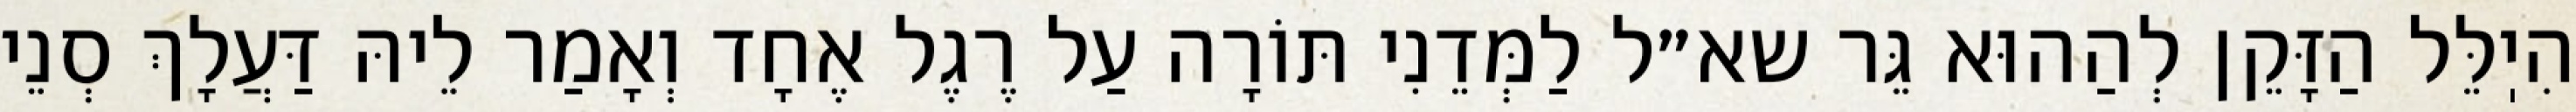
הִיֽלֵּל הַזָּקֵן לְהַהוּא גֵּר שא״ל לַמְּדֵנִי תּוֹרָה עַל רֶגֶל אֶחָד וְאָמַר לֵיהּ דַּעֲלָךְ סְנֵי